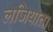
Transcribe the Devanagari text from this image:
लजियात।